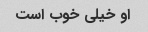
او خیلی خوب است